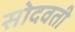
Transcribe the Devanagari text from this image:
सोदवती